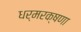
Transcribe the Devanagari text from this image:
धर्मरक्षणा